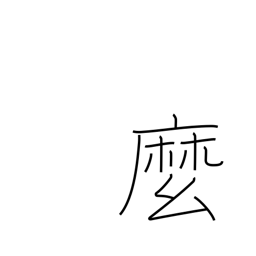
Meaning: rope